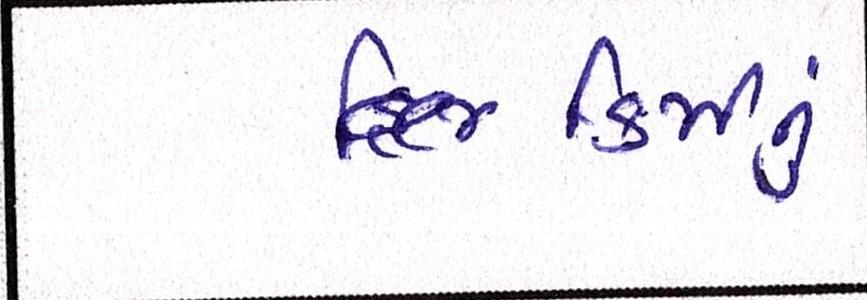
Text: કિમીનું